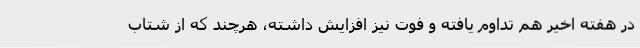
در هفته اخیر هم تداوم یافته و فوت نیز افزایش داشته، هرچند که از شتاب